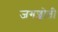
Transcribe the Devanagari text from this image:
जगज्जोती